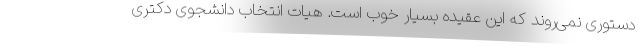
دستوری نمی‌روند که این عقیده بسیار خوب است. هیات انتخاب دانشجوی دکتری